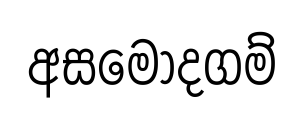
අසමෝදගම්